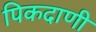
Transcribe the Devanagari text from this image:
पिकदाणी